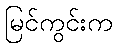
မြင်ကွင်းက